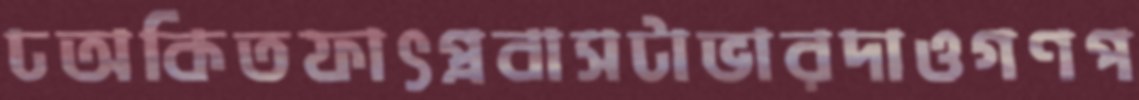
ঢঅকিতফাৎপ্রবাসটাভারদাওগণপ